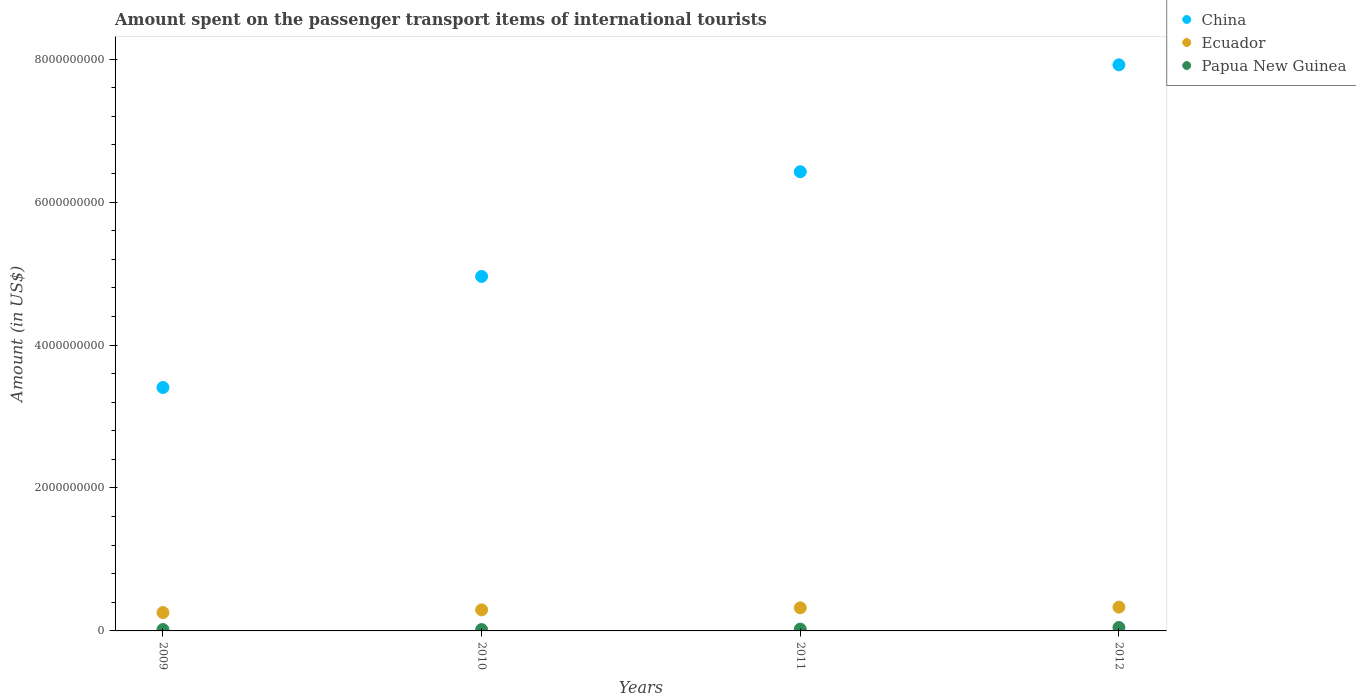
| Years | China | Ecuador | Papua New Guinea |
 | --- | --- | --- | --- |
 | 2009 | 3.41e+09 | 2.57e+08 | 1.9e+07 |
 | 2010 | 4.96e+09 | 2.95e+08 | 1.9e+07 |
 | 2011 | 6.42e+09 | 3.23e+08 | 2.5e+07 |
 | 2012 | 7.92e+09 | 3.33e+08 | 4.8e+07 |